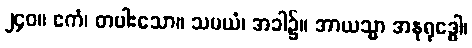
၂၄၀။ ဧကံ၊ တပါးသော။ သမယံ၊ အခါ၌။ အာယသ္မာ အနုရုဒ္ဓေါ၊